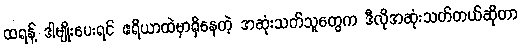
ထရန့် ဒါမျိုးပေးရင် ဧရိယာထဲမှာရှိနေတဲ့ အဆုံးသတ်သူတွေက ဒီလိုအဆုံးသတ်တယ်ဆိုတာ